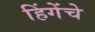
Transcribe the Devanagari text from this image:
हिंगेंचे